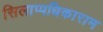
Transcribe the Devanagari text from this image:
सिलाप्पधिकाराम